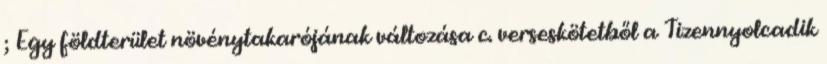
; Egy földterület növénytakarójának változása c. verseskötetből a Tizennyolcadik